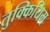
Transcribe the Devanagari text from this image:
तुक्कियिम